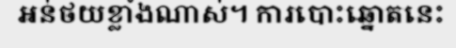
អន់ថយខ្លាំងណាស់។ ការបោះឆ្នោតនេះ